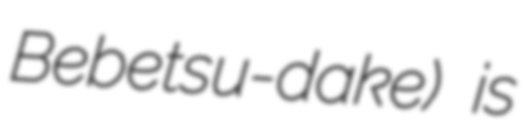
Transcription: Bebetsu-dake) is